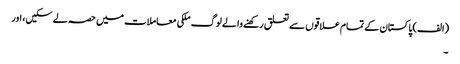
(الف) پاکستان کے تمام علاقوں سے تعلق رکھنے والے لوگ ملکی معاملات میں حصہ لے سکیں، اور
۔